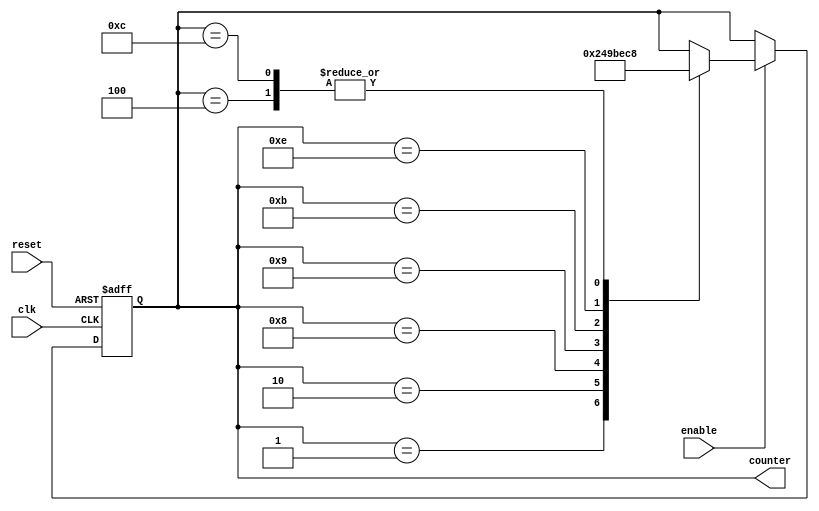
module Johnson_Counter_with_Enable (
    input wire clk,
    input wire reset,
    input wire enable,
    output reg [3:0] counter
);

// Johnson Counter states
reg [3:0] state;

always @ (posedge clk or posedge reset) begin
    if (reset) begin
        state <= 4'b0001;
    end else if (enable) begin
        case (state)
            4'b0001: state <= 4'b0010;
            4'b0010: state <= 4'b0100;
            4'b0100: state <= 4'b1000;
            4'b1000: state <= 4'b1001;
            4'b1001: state <= 4'b1011;
            4'b1011: state <= 4'b1110;
            4'b1110: state <= 4'b1100;
            4'b1100: state <= 4'b1000;
        endcase
    end
end

assign counter = state;

endmodule